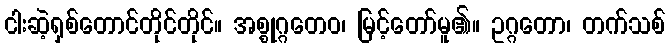
ငါးဆဲ့ရှစ်တောင်တိုင်တိုင်။ အစ္စုဂ္ဂတေဝ၊ မြင့်တော်မူ၏။ ဥဂ္ဂတော၊ တက်သစ်